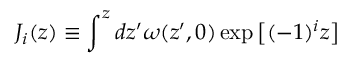
J _ { i } ( z ) \equiv \int ^ { z } d z ^ { \prime } \omega ( z ^ { \prime } , 0 ) \exp \big [ ( - 1 ) ^ { i } z \big ]